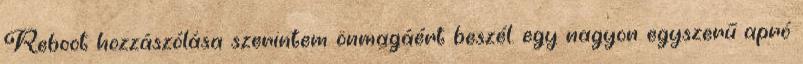
Reboot hozzászólása szerintem önmagáért beszél. egy nagyon egyszerű apró